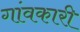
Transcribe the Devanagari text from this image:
गांवकारी